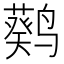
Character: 𬸮